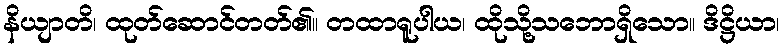
နိယျာတိ၊ ထုတ်ဆောင်တတ်၏။ တထာရူပါယ၊ ထိုသို့သဘောရှိသော။ ဒိဋ္ဌိယာ၊